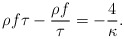
\begin{align*}\rho f \tau - {\rho f\over\tau} = - {4\over \kappa}.\end{align*}